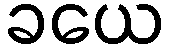
ခယေ